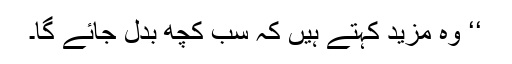
‘‘ وہ مزید کہتے ہیں کہ سب کچھ بدل جائے گا۔